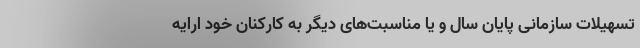
تسهیلات سازمانی پایان سال و یا مناسبت‌های دیگر به کارکنان خود ارایه